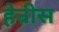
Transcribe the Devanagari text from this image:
हेन्रीस